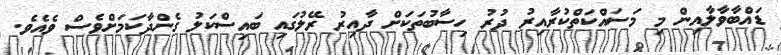
ޑައްބާވާލާއިން މި މަސައްކަތްކުރާއިރު ދުރު ހިސާބުތަކަށް ދާއިރު ރޭލުގައި ބައިސްކަލު ގެންދާކަމަށްވެސް ވެއެވެ.